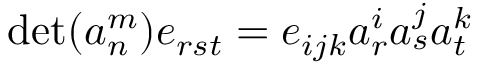
\operatorname* { d e t } ( a _ { n } ^ { m } ) e _ { r s t } = e _ { i j k } a _ { r } ^ { i } a _ { s } ^ { j } a _ { t } ^ { k }